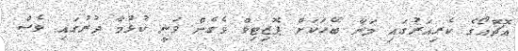
އޮޗޮއޯގެ ކެރިއަރުގައި މަނާ ބޭހަކަށް ޕޮޒިޓިވް ވެގެން ވަނީ ކުޅުމާ ދުރުގައި ވެސް